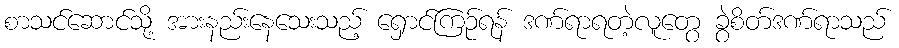
စာသင်ဆောင်သို့ အားနည်းနေသေးသည့် ရှောင်ကြဉ်ရန် ဒဏ်ရာရတဲ့လူတွေ ခွဲစိတ်ဒဏ်ရာသည်